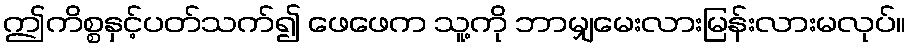
ဤကိစ္စနှင့်ပတ်သက်၍ ဖေဖေက သူ့ကို ဘာမျှမေးလားမြန်းလားမလုပ်။